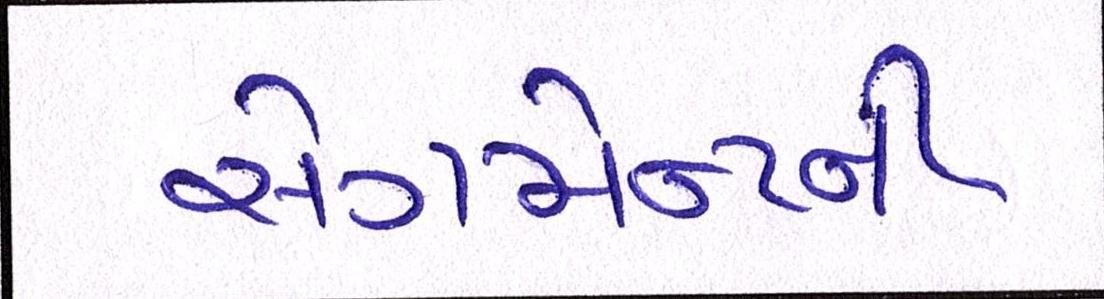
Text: સેગમેન્ટની